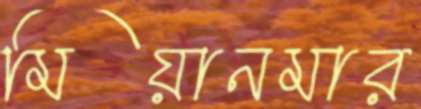
মিয়ানমার